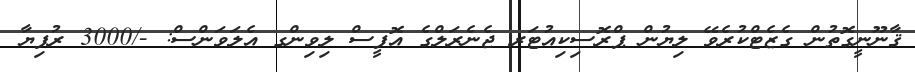
ޤާނޫނީގޮތުން ގެޒެޓްކުރެވޭ ލިޔުން ޕްރޮސިކިއުޓަރ ޖެނެރަލްގެ އޮފީސް ލިވިންގ އެލަވަންސް: -/3000 ރުފިޔާ